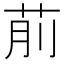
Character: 𦮯